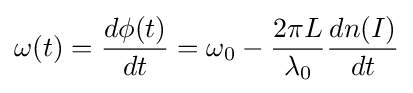
\omega (t)={\frac {d\phi (t)}{dt}}=\omega _{0}-{\frac {2\pi L}{\lambda _{0}}}{\frac {dn(I)}{dt}}